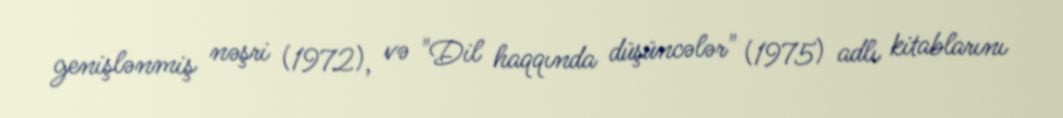
genişlənmiş nəşri (1972), və "Dil haqqında düşüncələr" (1975) adlı kitablarını